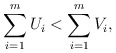
\begin{align*} \sum_{i=1}^mU_i < \sum_{i=1}^mV_i, \end{align*}